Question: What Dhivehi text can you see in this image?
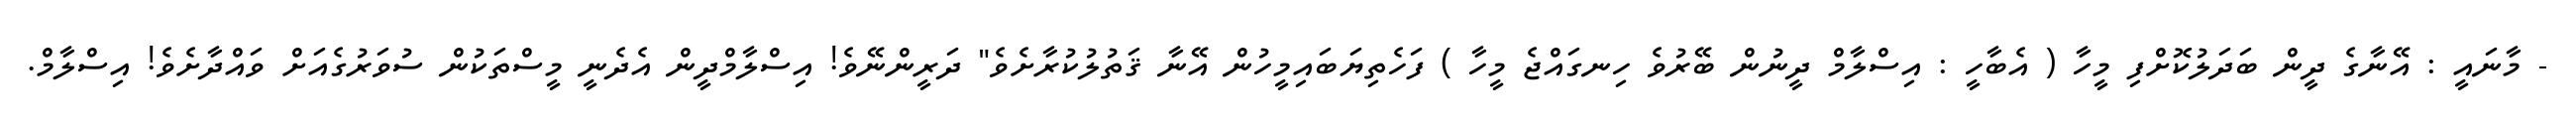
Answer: - މާނައީ : އޭނާގެ ދީން ބަދަލުކޮށްފި މީހާ ( އެބާހީ : އިސްލާމް ދީނުން ބޭރުވެ ހިނގައްޖެ މީހާ ) ފަހެތިޔަބައިމީހުން އޭނާ ޤަތުލުކުރާށެވެ" ދަރީންނޭވެ! އިސްލާމްދީން އެދެނީ މީސްތަކުން ސުވަރުގެއަށް ވައްދާށެވެ! އިސްލާމް.